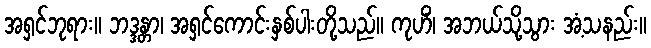
အရှင်ဘုရား။ ဘဒ္ဒန္တာ၊ အရှင်ကောင်းနှစ်ပါးတို့သည်။ ကုဟိံ၊ အဘယ်သို့သွား အံ့သနည်း။